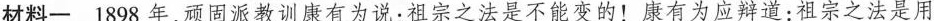
材料一1898年，顽固派教训康有为说：祖宗之法是不能变的！康有为应辩道：祖宗之法是用